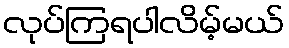
လုပ်ကြရပါလိမ့်မယ်